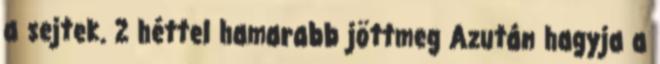
a sejtek. 2 héttel hamarabb jöttmeg Azután hagyja a